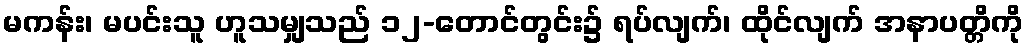
မကန်း၊ မပင်းသူ ဟူသမျှသည် ၁၂-တောင်တွင်း၌ ရပ်လျက်၊ ထိုင်လျက် အနာပတ္တိကို